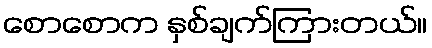
စောစောက နှစ်ချက်ကြားတယ်။